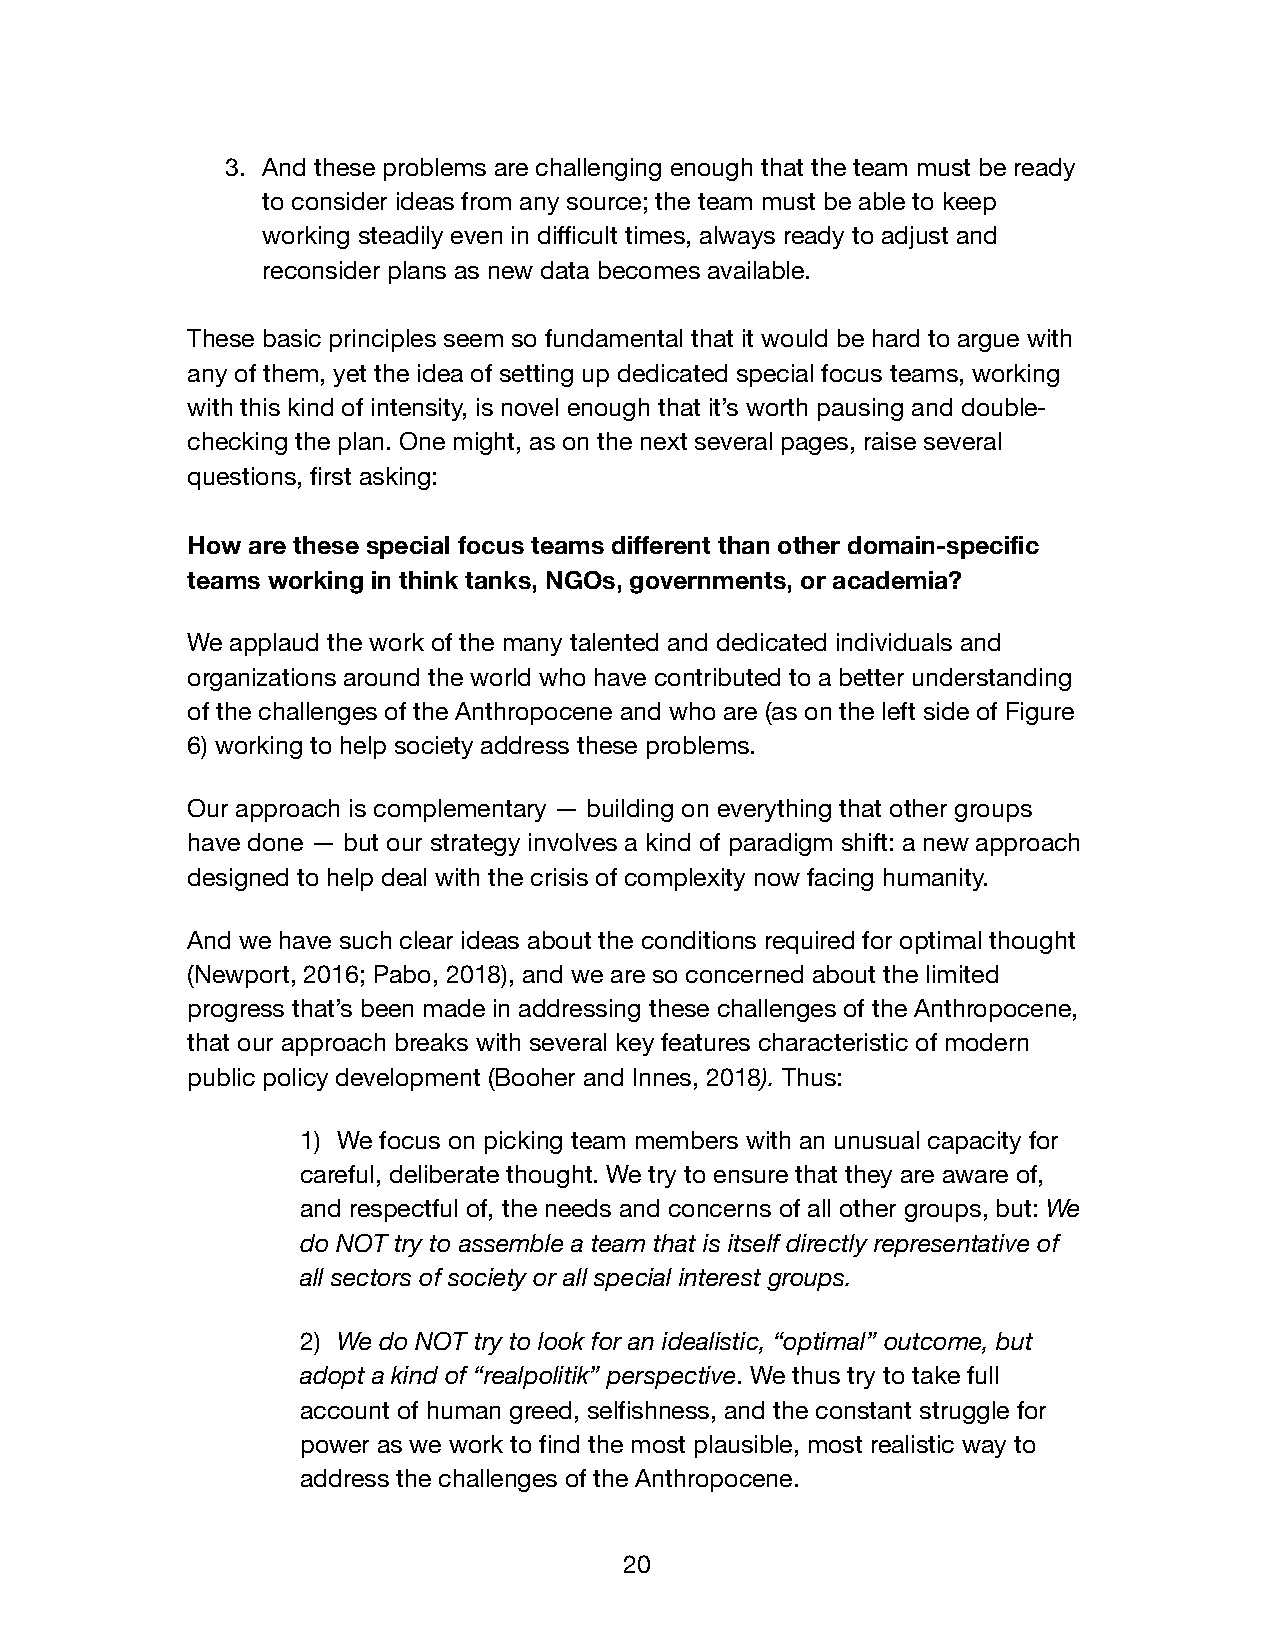
3. And these problems are challenging enough that the team must be ready
 to consider ideas from any source; the team must be able to keep
 working steadily even in difficult times, always ready to adjust and
 reconsider plans as new data becomes available.
 These basic principles seem so fundamental that it would be hard to argue with
 any of them, yet the idea of setting up dedicated special focus teams, working
 with this kind of intensity, is novel enough that it’s worth pausing and double-
 checking the plan. One might, as on the next several pages, raise several
 questions, first asking:
 How are these special focus teams different than other domain-specific
 teams working in think tanks, NGOs, governments, or academia?
 We applaud the work of the many talented and dedicated individuals and
 organizations around the world who have contributed to a better understanding
 of the challenges of the Anthropocene and who are (as on the left side of Figure
 6) working to help society address these problems.
 Our approach is complementary — building on everything that other groups
 have done — but our strategy involves a kind of paradigm shift: a new approach
 designed to help deal with the crisis of complexity now facing humanity.
 And we have such clear ideas about the conditions required for optimal thought
 (Newport, 2016; Pabo, 2018), and we are so concerned about the limited
 progress that’s been made in addressing these challenges of the Anthropocene,
 that our approach breaks with several key features characteristic of modern
 public policy development (Booher and Innes, 2018). Thus:
 1) We focus on picking team members with an unusual capacity for
 careful, deliberate thought. We try to ensure that they are aware of,
 and respectful of, the needs and concerns of all other groups, but: We
 do NOT try to assemble a team that is itself directly representative of
 all sectors of society or all special interest groups.
 2) We do NOT try to look for an idealistic, “optimal” outcome, but
 adopt a kind of “realpolitik” perspective. We thus try to take full
 account of human greed, selfishness, and the constant struggle for
 power as we work to find the most plausible, most realistic way to
 address the challenges of the Anthropocene.
 20